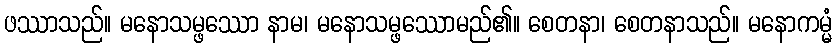
ဖဿာသည်။ မနောသမ္ဖဿော နာမ၊ မနောသမ္ဖဿောမည်၏။ စေတနာ၊ စေတနာသည်။ မနောကမ္မံ